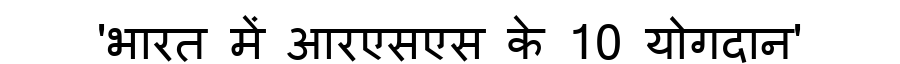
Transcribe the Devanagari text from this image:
'भारत में आरएसएस के 10 योगदान'